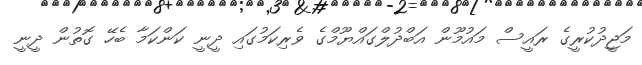
މަޖީދުކުރީގެ ރައީސް މައުމޫން އަބްދުލްގައްޔޫމްގެ ވެރިކަމުގައި ދީނީ ކަންކަމާ ބެހޭ ގޮތުން ދީނީ